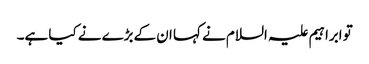
تو ابراہیم علیہ السلام نے کہا ان کےبڑے نے کیا ہے۔